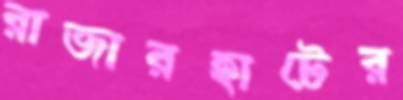
রাজারহাটের